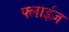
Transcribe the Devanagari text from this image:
फ्लाईज़